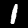
Digit: 1